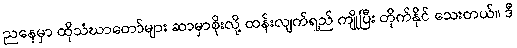
ညနေမှာ ထိုသံဃာတော်များ ဆာမှာစိုးလို့ ထန်းလျက်ရည် ကျိုပြီး တိုက်နိုင် သေးတယ်။ ဒီ